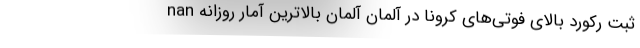
nan ثبت رکورد بالای فوتی‌های کرونا در آلمان آلمان بالاترین آمار روزانه